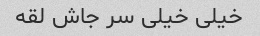
خیلی خیلی سر جاش لقه